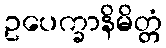
ဥပေက္ခာနိမိတ္တံ